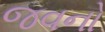
જવનો